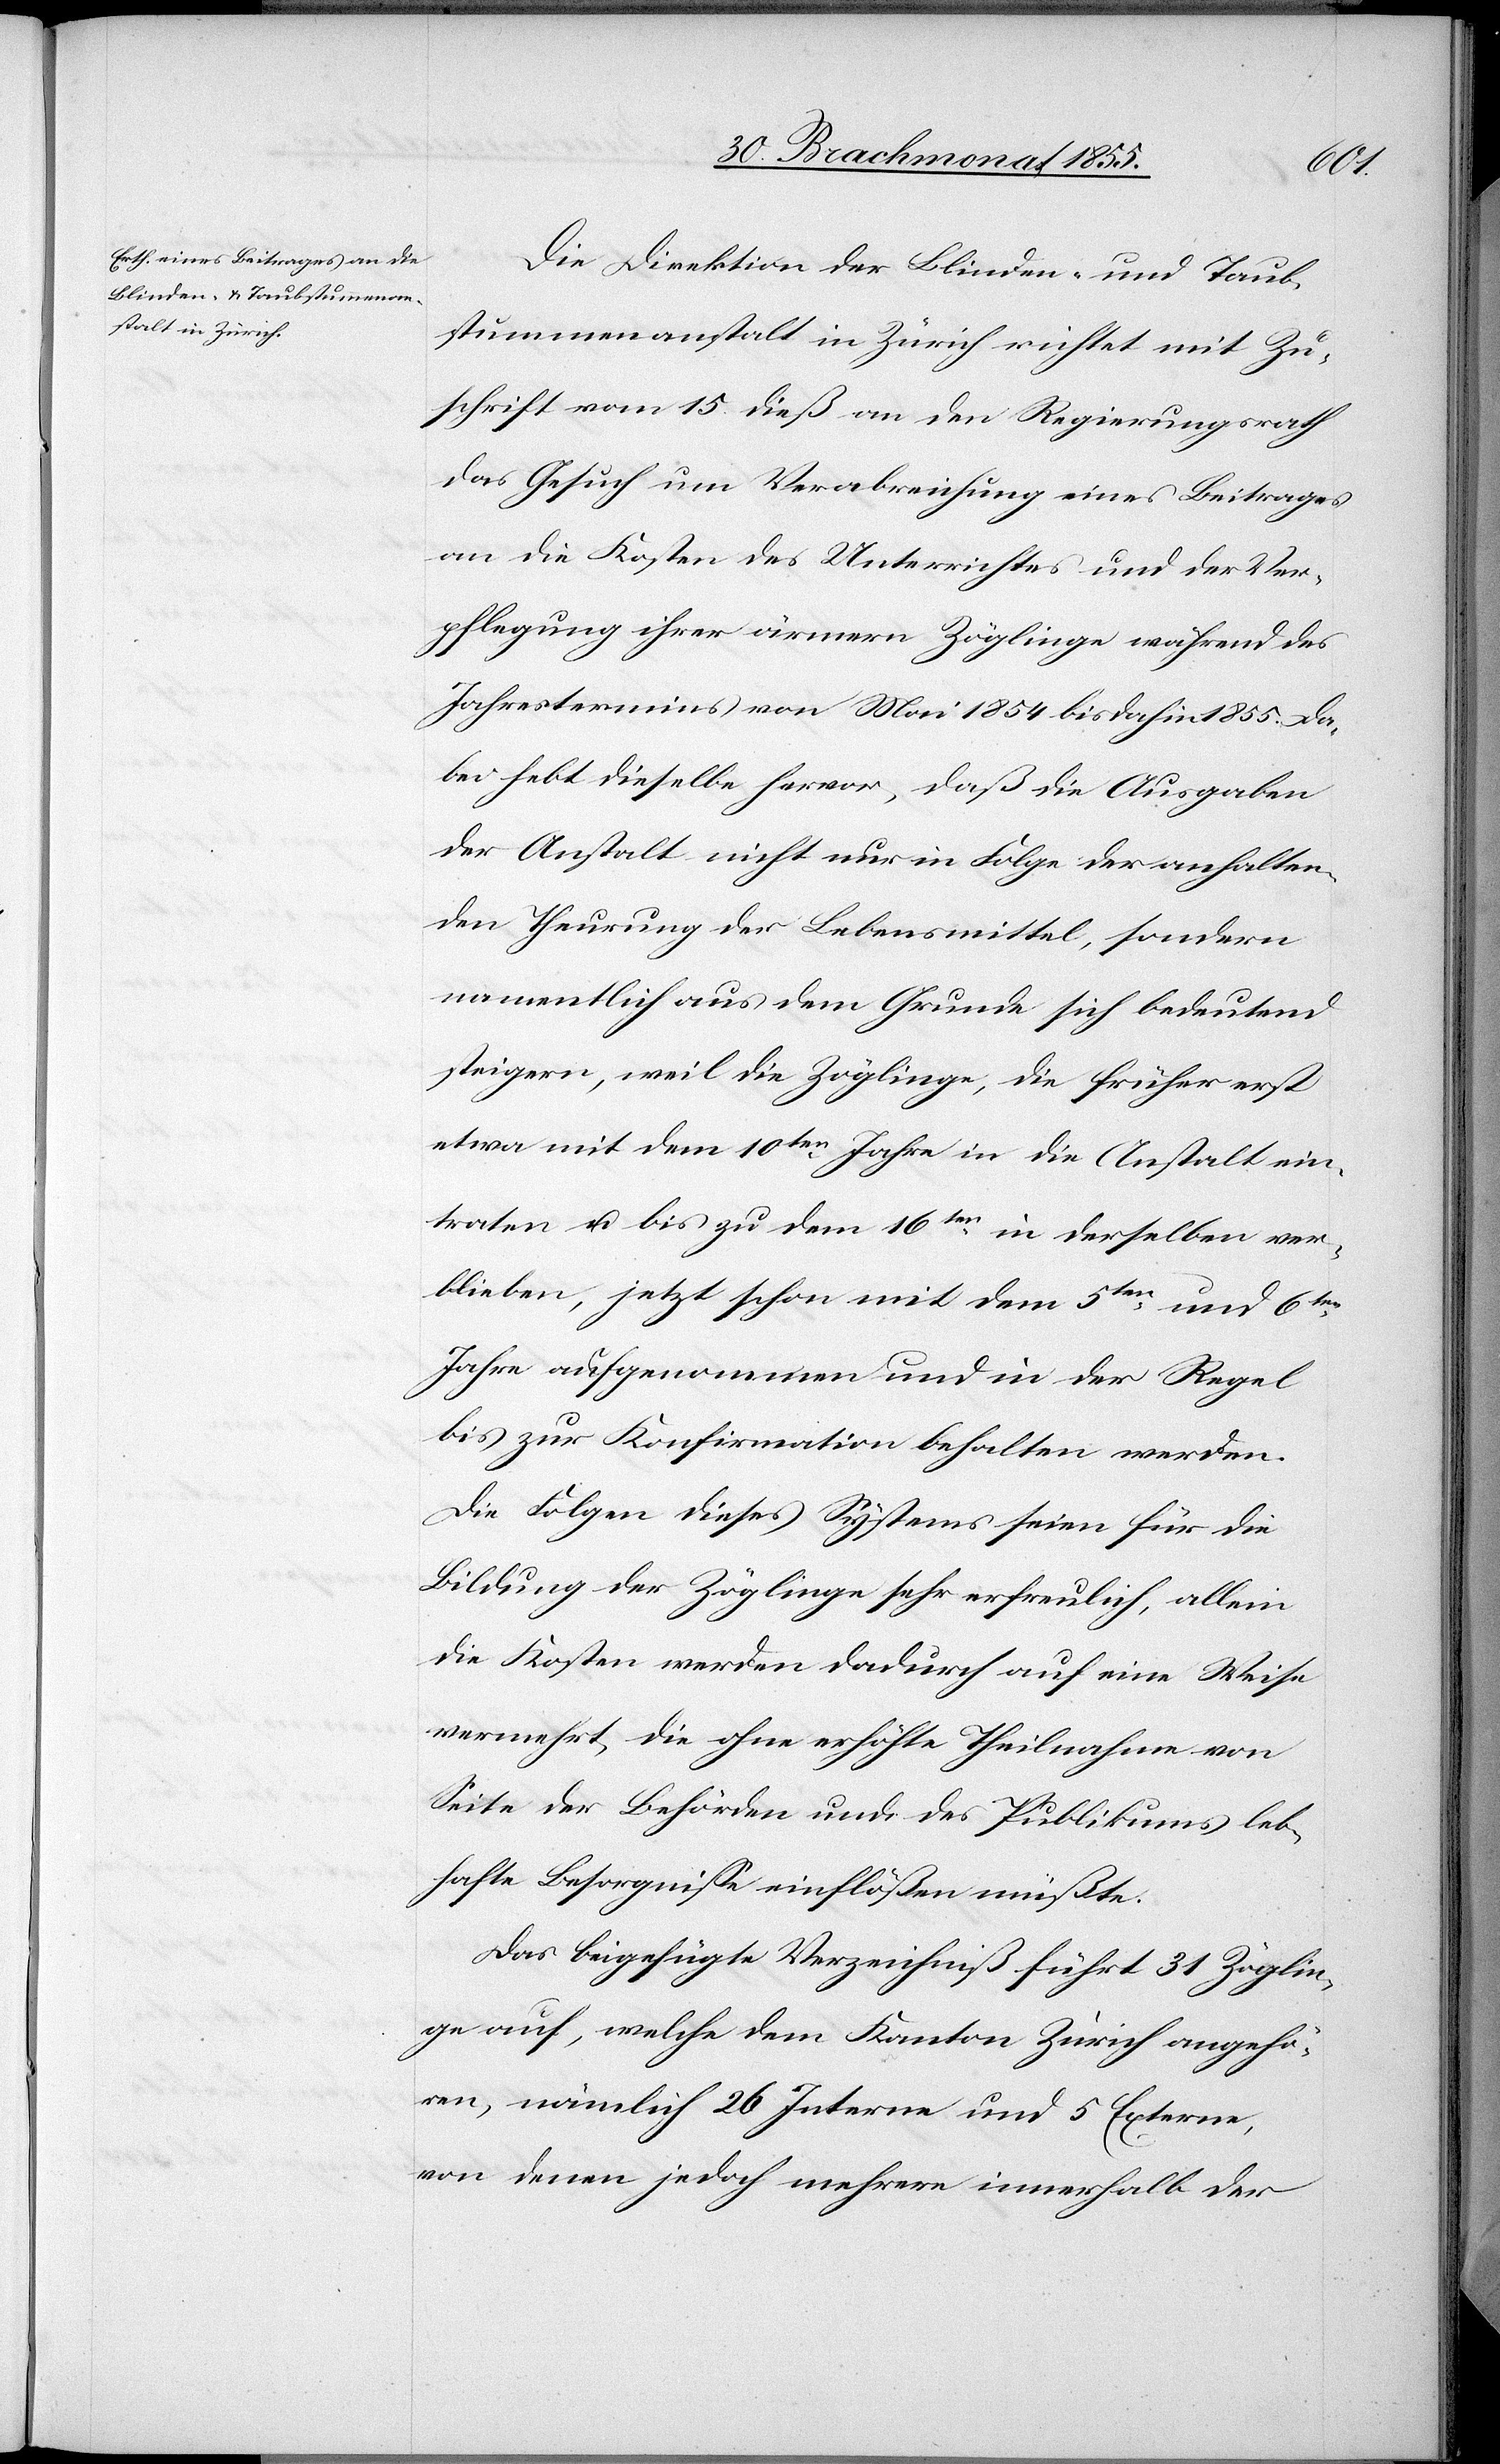
Die Direktion der Blinden- und Taub¬
stummenanstalt in Zürich richtet mit Zu¬
schrift vom 15. dieß an den Regierungsrath
das Gesuch um Verabreichung eines Beitrages
an die Kosten des Unterrichtes und der Ver¬
pflegung ihrer ärmern Zöglinge während des
Jahrestermins von Mai 1854 bis dahin 1855. Da¬
bei hebt dieselbe hervor, daß die Ausgaben
der Anstalt nicht nur in Folge der anhalten¬
den Theurung der Lebensmittel, sondern
namentlich aus dem Grunde sich bedeutend
steigern, weil die Zöglinge, die früher erst
etwa mit dem 10ten. Jahre in die Anstalt ein¬
traten u. bis zu dem 16ten. in derselben ver¬
blieben, jetzt schon mit dem 5ten. und 6ten.
Jahre aufgenommen und in der Regel
bis zur Konfirmation behalten werden.
Die Folgen dieses Systems seien für die
Bildung der Zöglinge sehr erfreulich, allein
die Kosten werden dadurch auf eine Weise
vermehrt, die ohne erhöhte Theilnahme von
Seite der Behörden und des Publikums leb¬
hafte Besorgnisse einflößen müßte.
Das beigefügte Verzeichniß führt 31 Zöglin¬
ge auf, welche dem Kanton Zürich angehö¬
ren, nämlich 26 Interne und 5 Externe,
von denen jedoch mehrere innerhalb der